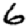
Digit: 6